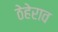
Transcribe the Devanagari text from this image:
ठेहेराव